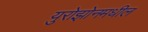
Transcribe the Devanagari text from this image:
युरोझोनमधील